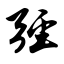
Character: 弪